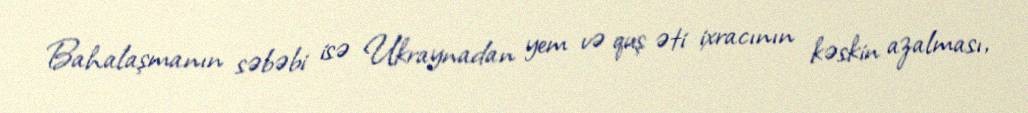
Bahalaşmanın səbəbi isə Ukraynadan yem və quş əti ixracının kəskin azalması,